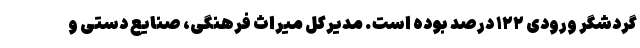
گردشگر ورودی ۱۲۲ درصد بوده است. مدیرکل میراث فرهنگی، صنایع دستی و